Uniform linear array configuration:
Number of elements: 8
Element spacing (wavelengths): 0.75
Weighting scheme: exponential
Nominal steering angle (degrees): -45
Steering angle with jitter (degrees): -43.857
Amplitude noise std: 0.05
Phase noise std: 0.05

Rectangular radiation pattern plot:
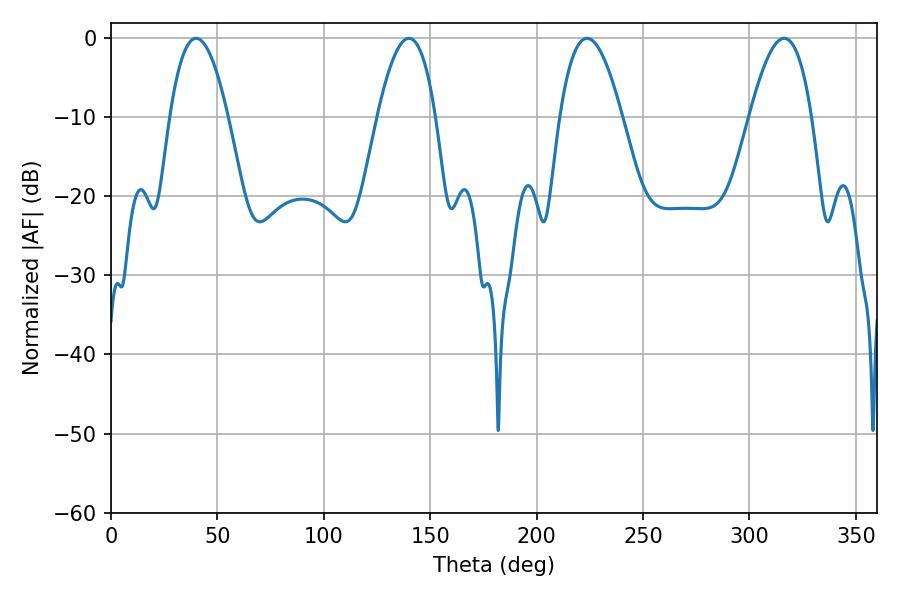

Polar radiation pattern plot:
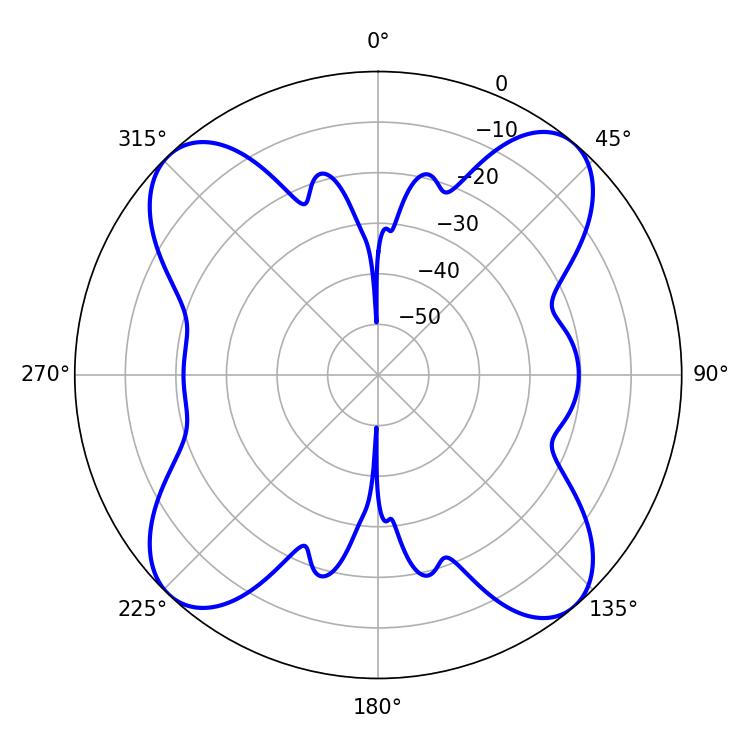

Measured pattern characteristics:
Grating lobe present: TRUE
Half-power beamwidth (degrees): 14.94
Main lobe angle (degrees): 140.04